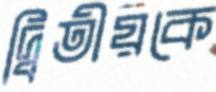
দ্বিতীয়কে